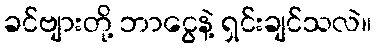
ခင်ဗျားတို့ ဘာငွေနဲ့ ရှင်းချင်သလဲ။